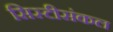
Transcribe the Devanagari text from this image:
सिस्टीसंकल